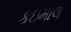
કઇમાલ